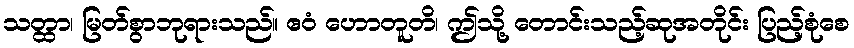
သတ္ထာ၊ မြတ်စွာဘုရားသည်။ ဧဝံ ဟောတူတိ၊ ဤသို့ တောင်းသည့်ဆုအတိုင်း ပြည့်စုံစေ